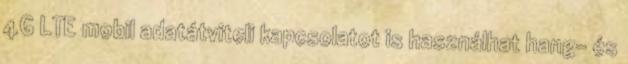
4G LTE mobil adatátviteli kapcsolatot is használhat hang- és